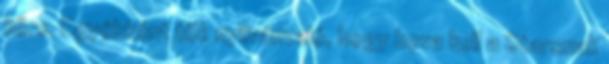
köre. Egyébként tök nyilvánvaló, hogy hova kell a Starsnak